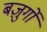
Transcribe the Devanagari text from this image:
बज़ुर्गों